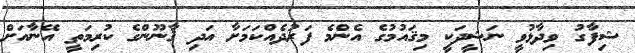
ޝިފާގު ވިދާޅުވީ ނަޝީދަކީ މިޤައުމުގެ އެންމެ ފަރުދެއްކަމަށާ އަދި ޤާނޫންގެ ކުރިމަތީ އޭނާއަށް